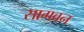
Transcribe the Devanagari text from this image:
सागवन